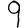
Digit: 9